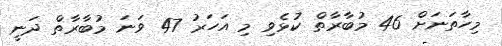
މިހާތަނަށް 46 މުބާރާތް ކުޅެވި މި އަހަރު 47 ވަނަ މުބާރާތް ދަނީ